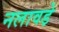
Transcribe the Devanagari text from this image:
नलावडे़